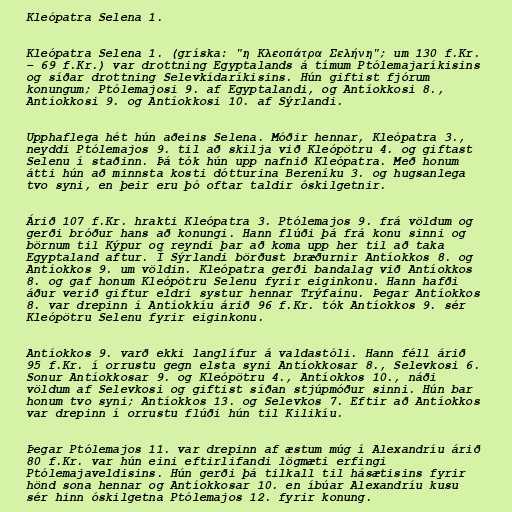
Kleópatra Selena 1.

Kleópatra Selena 1. (gríska: "η Κλεοπάτρα Σελήνη"; um 130 f.Kr.
– 69 f.Kr.) var drottning Egyptalands á tímum Ptólemajaríkisins
og síðar drottning Selevkídaríkisins. Hún giftist fjórum
konungum; Ptólemajosi 9. af Egyptalandi, og Antíokkosi 8.,
Antíokkosi 9. og Antíokkosi 10. af Sýrlandi.

Upphaflega hét hún aðeins Selena. Móðir hennar, Kleópatra 3.,
neyddi Ptólemajos 9. til að skilja við Kleópötru 4. og giftast
Selenu í staðinn. Þá tók hún upp nafnið Kleópatra. Með honum
átti hún að minnsta kosti dótturina Bereníku 3. og hugsanlega
tvo syni, en þeir eru þó oftar taldir óskilgetnir.

Árið 107 f.Kr. hrakti Kleópatra 3. Ptólemajos 9. frá völdum og
gerði bróður hans að konungi. Hann flúði þá frá konu sinni og
börnum til Kýpur og reyndi þar að koma upp her til að taka
Egyptaland aftur. Í Sýrlandi börðust bræðurnir Antíokkos 8. og
Antíokkos 9. um völdin. Kleópatra gerði bandalag við Antíokkos
8. og gaf honum Kleópötru Selenu fyrir eiginkonu. Hann hafði
áður verið giftur eldri systur hennar Trýfaínu. Þegar Antíokkos
8. var drepinn í Antíokkíu árið 96 f.Kr. tók Antíokkos 9. sér
Kleópötru Selenu fyrir eiginkonu.

Antíokkos 9. varð ekki langlífur á valdastóli. Hann féll árið
95 f.Kr. í orrustu gegn elsta syni Antíokkosar 8., Selevkosi 6.
Sonur Antíokkosar 9. og Kleópötru 4., Antíokkos 10., náði
völdum af Selevkosi og giftist síðan stjúpmóður sinni. Hún bar
honum tvo syni; Antíokkos 13. og Selevkos 7. Eftir að Antíokkos
var drepinn í orrustu flúði hún til Kilikíu.

Þegar Ptólemajos 11. var drepinn af æstum múg í Alexandríu árið
80 f.Kr. var hún eini eftirlifandi lögmæti erfingi
Ptólemajaveldisins. Hún gerði þá tilkall til hásætisins fyrir
hönd sona hennar og Antíokkosar 10. en íbúar Alexandríu kusu
sér hinn óskilgetna Ptólemajos 12. fyrir konung.